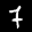
Label: 7